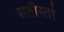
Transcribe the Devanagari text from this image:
सतीस्तां